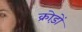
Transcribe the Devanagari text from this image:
क्रोड़ों